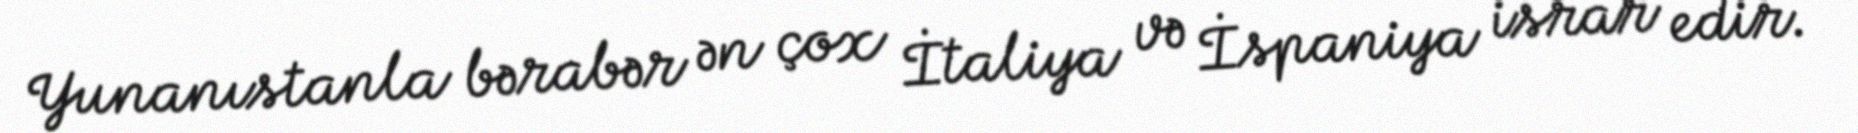
Yunanıstanla bərabər ən çox İtaliya və İspaniya israr edir.